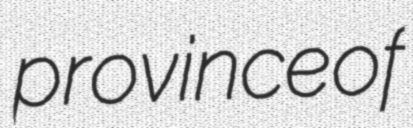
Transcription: province of